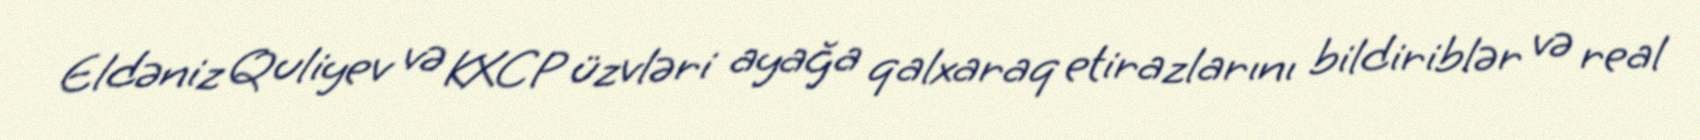
Eldəniz Quliyev və KXCP üzvləri ayağa qalxaraq etirazlarını bildiriblər və real